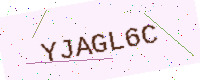
Text: YJAGL6C